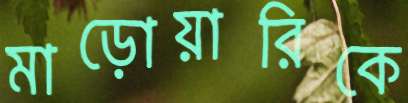
মাড়োয়ারিকে